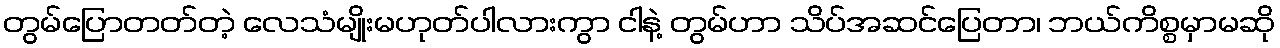
တွမ်ပြောတတ်တဲ့ လေသံမျိုးမဟုတ်ပါလားကွာ ငါနဲ့ တွမ်ဟာ သိပ်အဆင်ပြေတာ၊ ဘယ်ကိစ္စမှာမဆို